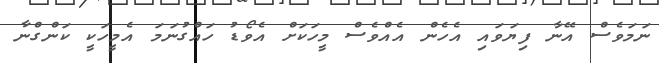
ނަމަވެސް އޭނާ ފިޔަވައި އެހެން އެއްވެސް މީހަކަށް އެވޯޑު ހައްގުނަމަ އެމީހަކީ ކަންގްނާ